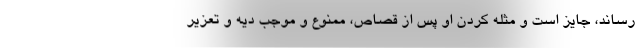
رساند، جایز است و مثله کردن او پس از قصاص، ممنوع و موجب دیه و تعزیر